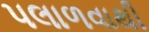
પલાળવાથી